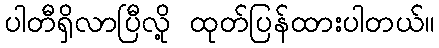
ပါတီရှိလာပြီလို့ ထုတ်ပြန်ထားပါတယ်။